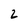
Character: 2